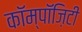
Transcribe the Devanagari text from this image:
कॉम्पॉज़िटी